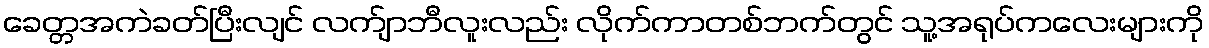
ခေတ္တအကဲခတ်ပြီးလျင် လက်ျာဘီလူးလည်း လိုက်ကာတစ်ဘက်တွင် သူ့အရုပ်ကလေးများကို